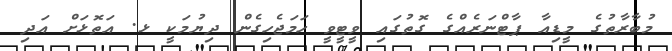
މުބާރާތުގެ މީޑިއާ ޕާޓްނަރެއްގެ ގޮތުގައި ވީޓީވީ ހަމަޖެހިގެން ދިޔުމަކީ ޅ. އަތޮޅަށް އަދި